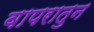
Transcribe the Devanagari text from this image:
वापरातुन